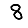
Digit: 8